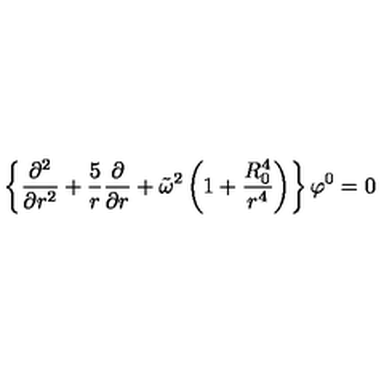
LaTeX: \left\{ { \frac { \partial ^ { 2 } } { \partial r ^ { 2 } } } + { \frac { 5 } { r } } { \frac { \partial } { \partial r } } + \tilde { \omega } ^ { 2 } \left( 1 + { \frac { R _ { 0 } ^ { 4 } } { r ^ { 4 } } } \right) \right\} \varphi ^ { 0 } = 0